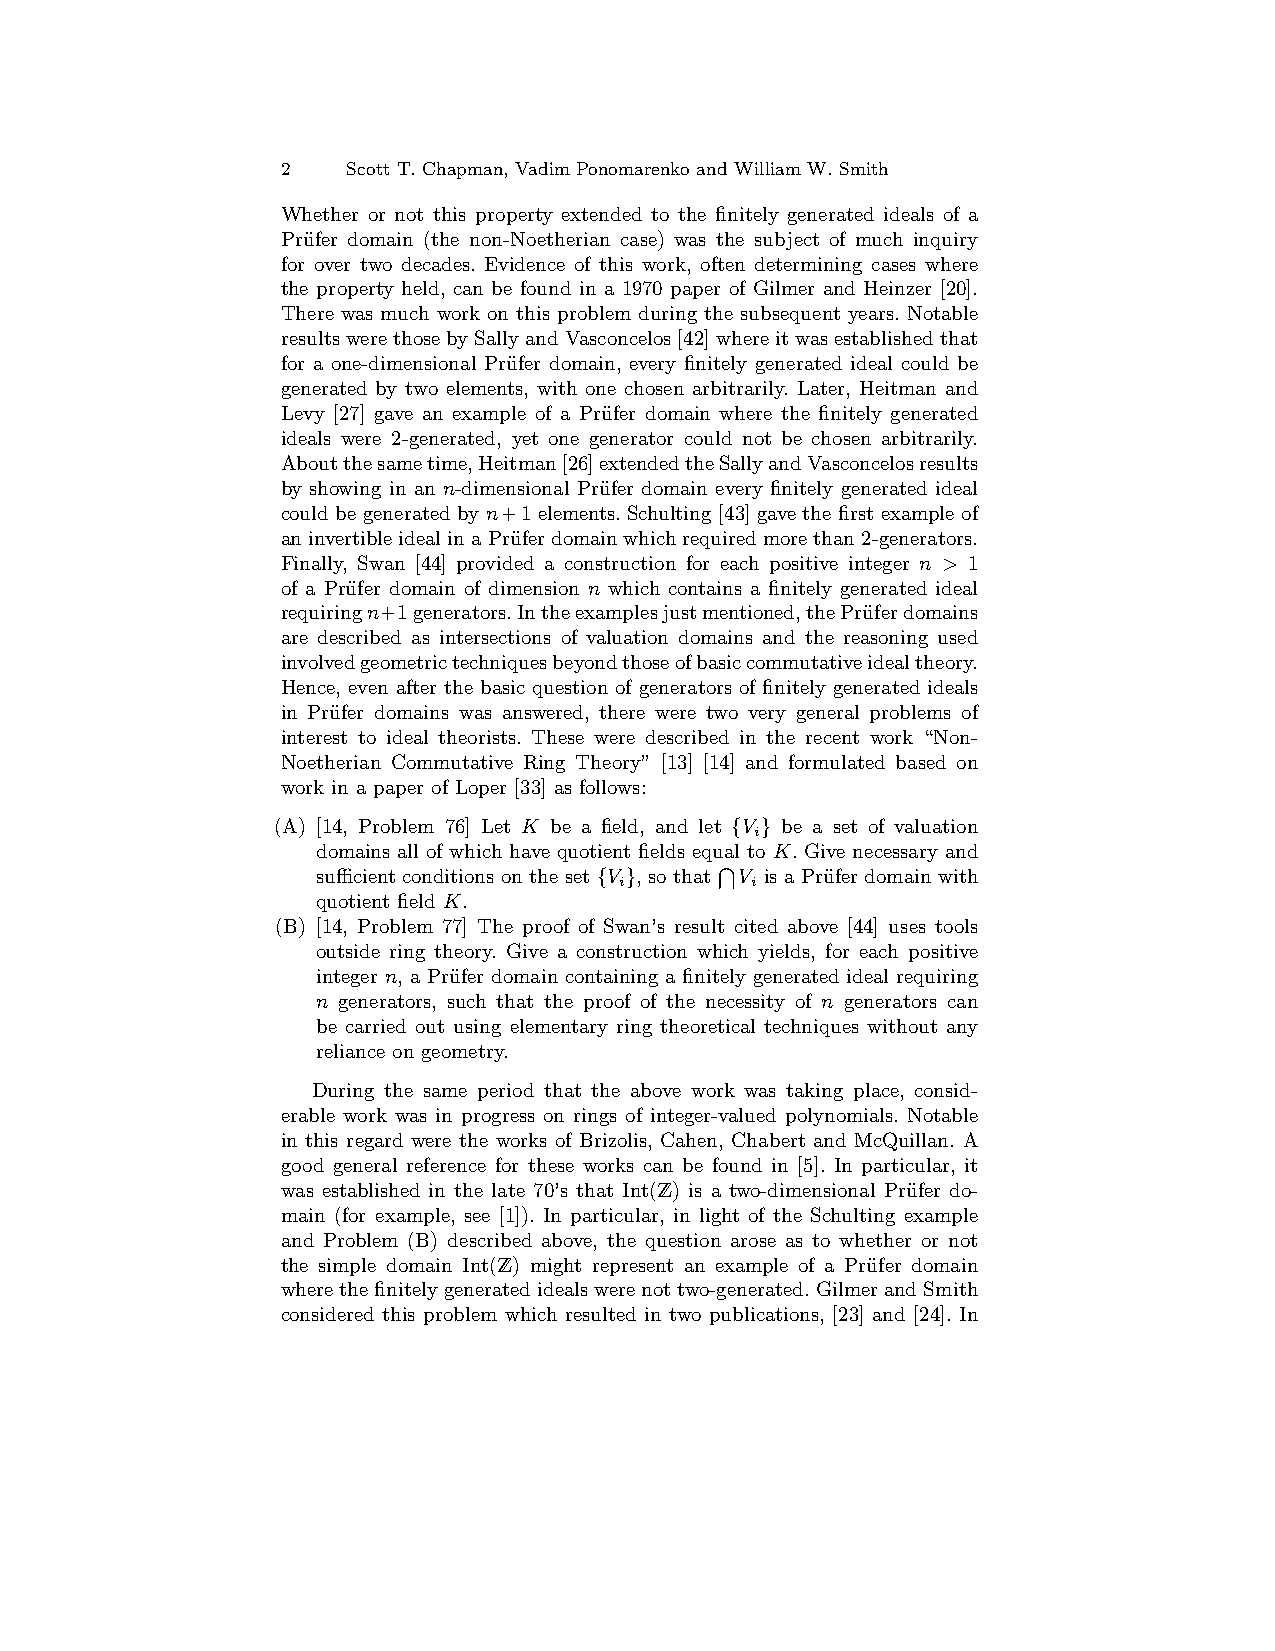
2   Scott T. Chapman, Vadim Ponomarenko and William W. Smith
 Whether or not this property extended to the finitely generated ideals of a
 Pru¨fer domain (the non-Noetherian case) was the subject of much inquiry
 for over two decades. Evidence of this work, often determining cases where
 the property held, can be found in a 1970 paper of Gilmer and Heinzer [20].
 There was much work on this problem during the subsequent years. Notable
 resultswerethosebySallyandVasconcelos[42]whereitwasestablishedthat
 for a one-dimensional Pru¨fer domain, every finitely generated ideal could be
 generated by two elements, with one chosen arbitrarily. Later, Heitman and
 Levy [27] gave an example of a Pru¨fer domain where the finitely generated
 ideals were 2-generated, yet one generator could not be chosen arbitrarily.
 Aboutthesametime,Heitman[26]extendedtheSallyandVasconcelosresults
 by showing in an n-dimensional Pru¨fer domain every finitely generated ideal
 could be generated by n+1 elements. Schulting [43] gave the first example of
 aninvertibleidealinaPru¨ferdomainwhichrequiredmorethan2-generators.
 Finally, Swan [44] provided a construction for each positive integer n > 1
 of a Pru¨fer domain of dimension n which contains a finitely generated ideal
 requiringn+1generators.Intheexamplesjustmentioned,thePru¨ferdomains
 are described as intersections of valuation domains and the reasoning used
 involvedgeometrictechniquesbeyondthoseofbasiccommutativeidealtheory.
 Hence, even after the basic question of generators of finitely generated ideals
 in Pru¨fer domains was answered, there were two very general problems of
 interest to ideal theorists. These were described in the recent work “Non-
 Noetherian Commutative Ring Theory” [13] [14] and formulated based on
 work in a paper of Loper [33] as follows:
 (A) [14, Problem 76] Let K be a field, and let {V } be a set of valuation
 i
 domains all of which have quotient fields equal to K. Give necessary and
 T
 sufficient conditions on the set {V }, so that V is a Pru¨fer domain with
 i        i
 quotient field K.
 (B) [14, Problem 77] The proof of Swan’s result cited above [44] uses tools
 outside ring theory. Give a construction which yields, for each positive
 integer n, a Pru¨fer domain containing a finitely generated ideal requiring
 n generators, such that the proof of the necessity of n generators can
 be carried out using elementary ring theoretical techniques without any
 reliance on geometry.
 During the same period that the above work was taking place, consid-
 erable work was in progress on rings of integer-valued polynomials. Notable
 in this regard were the works of Brizolis, Cahen, Chabert and McQuillan. A
 good general reference for these works can be found in [5]. In particular, it
 was established in the late 70’s that Int(Z) is a two-dimensional Pru¨fer do-
 main (for example, see [1]). In particular, in light of the Schulting example
 and Problem (B) described above, the question arose as to whether or not
 the simple domain Int(Z) might represent an example of a Pru¨fer domain
 wherethefinitelygeneratedidealswerenottwo-generated.GilmerandSmith
 considered this problem which resulted in two publications, [23] and [24]. In